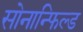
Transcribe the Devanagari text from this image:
सोनान्फिल्ड